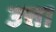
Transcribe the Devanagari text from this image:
उत्ता